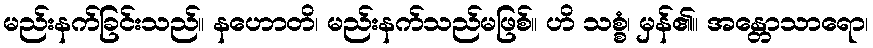
မည်းနက်ခြင်းသည်။ နဟောတိ၊ မည်းနက်သည်မဖြစ်။ ဟိ သစ္စံ၊ မှန်၏။ အန္တောသာရော၊